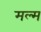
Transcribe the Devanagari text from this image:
मल्म